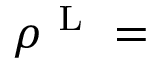
\rho ^ { \mathrm { ~ L ~ } } =